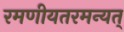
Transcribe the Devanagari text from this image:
रमणीयतरमन्यत्